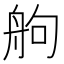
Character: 䑦